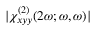
\lvert \chi _ { x y y } ^ { ( 2 ) } ( 2 \omega ; \omega , \omega ) \rvert